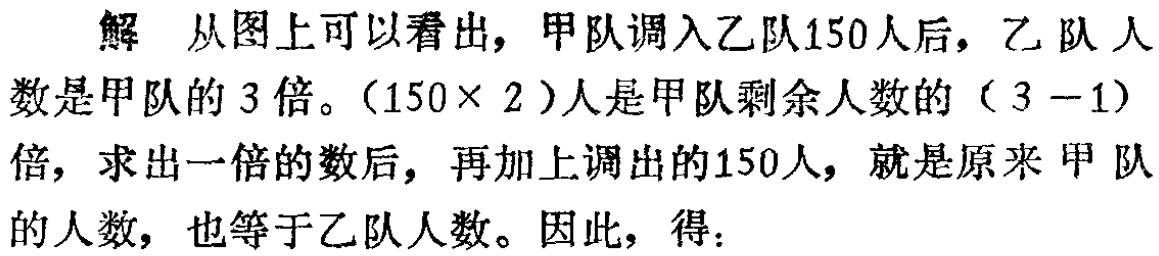
解 从图上可以看出，甲队调入乙队150人后，乙 队 人
数是甲队的 3 倍。（150× 2 ）人是甲队剩余人数的（ 3 -1）
倍，求出一倍的数后，再加上调出的150人，就是原来 甲 队
的人数，也等于乙队人数。因此，得：